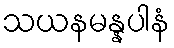
သယနမန္နပါနံ